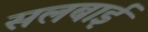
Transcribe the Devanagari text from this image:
सलबाई